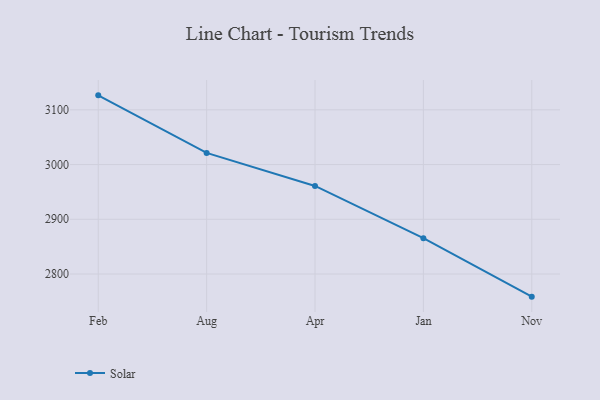
{"axis": {"x": "Month", "y": "Population (Million)"}, "legend": ["Solar"], "data": [{"x": "Feb", "y": 3126.5, "type": "Solar"}, {"x": "Aug", "y": 3021.3, "type": "Solar"}, {"x": "Apr", "y": 2960.9, "type": "Solar"}, {"x": "Jan", "y": 2865.4, "type": "Solar"}, {"x": "Nov", "y": 2758.6, "type": "Solar"}]}